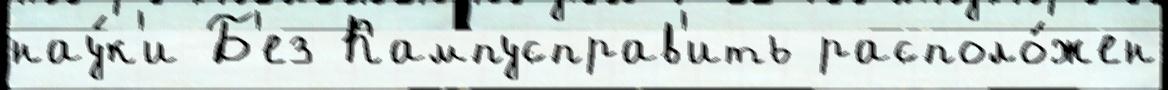
нау́к'и Б'ез Кампусправ'ить располо́жен